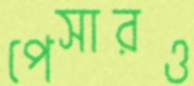
পেসারও